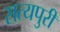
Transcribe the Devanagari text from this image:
सत्यपुरी